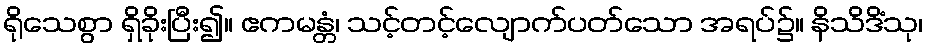
ရိုသေစွာ ရှိခိုးပြီး၍။ ဧကမန္တံ၊ သင့်တင့်လျောက်ပတ်သော အရပ်၌။ နိသိဒိံသု၊